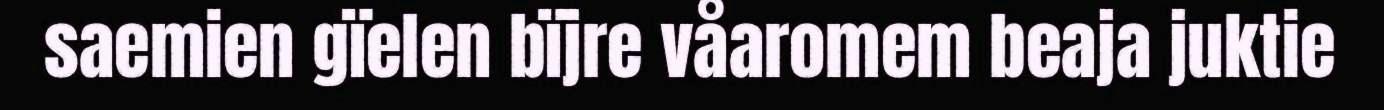
saemien gïelen bïjre våaromem beaja juktie